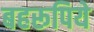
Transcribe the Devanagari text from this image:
बहरूपिये